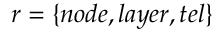
r = \{ n o d e , l a y e r , t e l \}